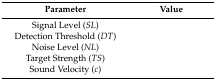
<table><thead><tr><td><b>Parameter</b></td><td><b>Value</b></td></tr></thead><tbody><tr><td>Signal Level (<i>SL</i>)</td><td>[EMPTY_CELL]</td></tr><tr><td>Detection Threshold (<i>DT</i>)</td><td>[EMPTY_CELL]</td></tr><tr><td>Noise Level (<i>NL</i>)</td><td>[EMPTY_CELL]</td></tr><tr><td>Target Strength (<i>TS</i>)</td><td>[EMPTY_CELL]</td></tr><tr><td>Sound Velocity (<i>c</i>)</td><td>[EMPTY_CELL]</td></tr></tbody></table>